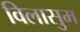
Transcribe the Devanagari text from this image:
विलासुम